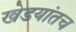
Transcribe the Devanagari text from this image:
खेडयांतच